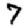
Digit: 7